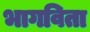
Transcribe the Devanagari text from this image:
भागविता